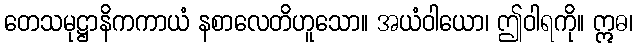
တေသမုဋ္ဌာနိကကာယံ နစာလေတိဟူသော။ အယံဝါယော၊ ဤဝါရကို။ ဣဓ၊